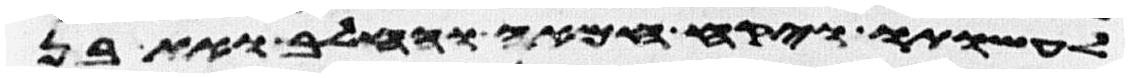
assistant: לעשותו ויקח חמאה וחלב ואת בן